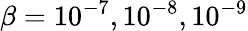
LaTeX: \beta=10^{-7},10^{-8},10^{-9}